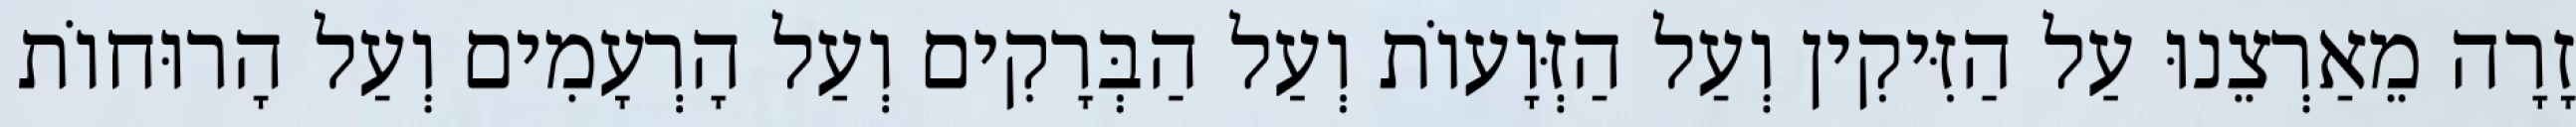
זָרָה מֵאַרְצֵנוּ עַל הַזִּיקִין וְעַל הַזְּוָעוֹת וְעַל הַבְּרָקִים וְעַל הָרְעָמִים וְעַל הָרוּחוֹת